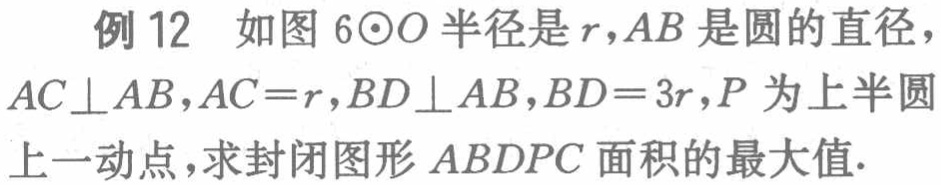
例12 如图6$\odot O$半径是$r$,$AB$是圆的直径，$AC\perp AB$,$AC = r$,$BD\perp AB$,$BD = 3r$,$P$为上半圆上一动点，求封闭图形$AB DPC$面积的最大值.